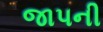
જાપની